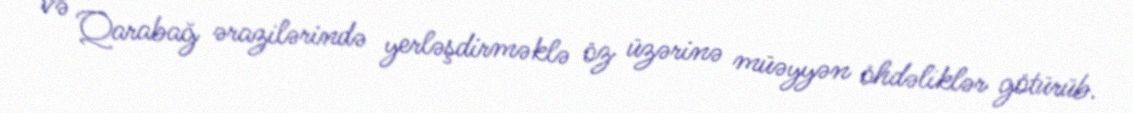
və Qarabağ ərazilərində yerləşdirməklə öz üzərinə müəyyən öhdəliklər götürüb.